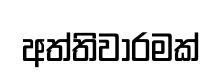
අත්තිවාරමක්